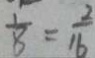
\frac { 1 } { 8 } = \frac { 2 } { 1 6 }